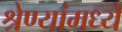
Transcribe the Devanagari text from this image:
श्रेण्यांमध्ये